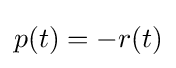
p(t)=-r(t)